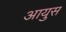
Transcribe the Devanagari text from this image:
आयुस